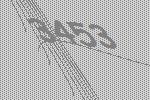
3453